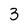
Character: 3